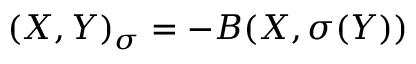
\displaystyle { ( X , Y ) _ { \sigma } = - B ( X , \sigma ( Y ) ) }